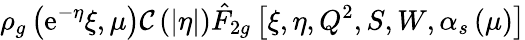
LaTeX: \rho_{g}\left(\mathrm{e}^{-\eta}\xi,\mu\right){\cal{C}}\left(\left|\eta\right|\right)\hat{{F}}_{2g}\left[\xi,\eta,Q^{2},S,W,\alpha_{s}\left(\mu\right)\right]